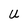
Character: U